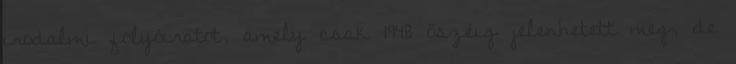
irodalmi folyóiratot, amely csak 1948 őszéig jelenhetett meg, de